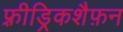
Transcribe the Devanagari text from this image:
फ़्रीड्रिकशैफ़न